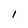
Character: I